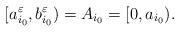
LaTeX: \begin{align*} [a_{i_0}^\varepsilon, b_{i_0}^\varepsilon)= A_{i_0}=[0,a_{i_0}).\end{align*}